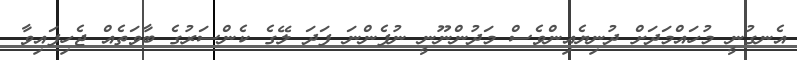
އެނގުނީ މުހައްމަދަށް ދުނިޔެއިންވެސް މަދުންނޫނީ ނުފެންނަ ފަދަ ލޭގެ ކެންސަރުގެ ބާވަތެއް ޖެހިފައިވާ